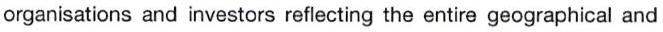
organisations and investors reflecting the entire geographical and